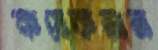
কযেকজন